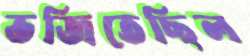
ভজিতেছিল